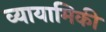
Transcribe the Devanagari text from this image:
व्यायामिकी